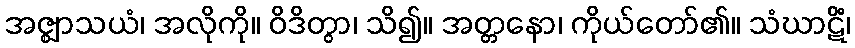
အဇ္ဈာသယံ၊ အလိုကို။ ဝိဒိတွာ၊ သိ၍။ အတ္တနော၊ ကိုယ်တော်၏။ သံဃာဋိံ၊